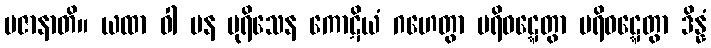
ပဇာနာတိ။ ယထာ ဝါ ပန ပုရိသေန ကောဋိယံ ဂဟေတွာ ပရိဝဋ္ဋေတွာ ပရိဝဋ္ဋေတွာ ဒိန္နံ